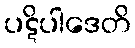
ပဋိပါဒေတိ